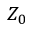
Z _ { 0 }